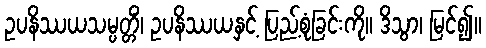
ဥပနိဿယသမ္ပတ္တိံ၊ ဥပနိဿယနှင့် ပြည့်စုံခြင်းကို။ ဒိသွာ၊ မြင်၍။